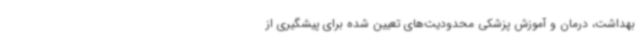
بهداشت، درمان و آموزش پزشکی محدودیت‌های تعیین‌ شده برای پیشگیری از